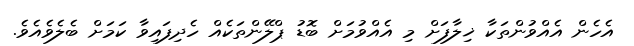
އެހެން އެއްވުންތަކާ ޚިލާފަށް މި އެއްވުމަށް ބޮޑު ޕްލޭންތަކެއް ހެދިފައިވާ ކަމަށް ބެލެވެއެވެ.